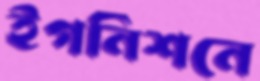
ইগনিশনে